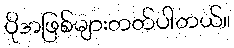
ပိုအဖြစ်များတတ်ပါတယ်။